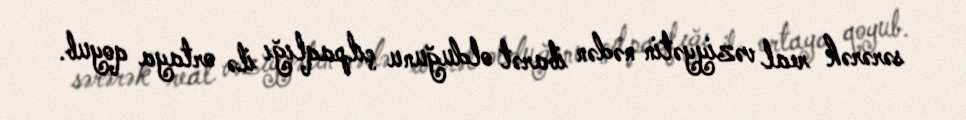
sərərək real vəziyyətin nədən ibarət olduğunu çılpaqlığı ilə ortaya qoyub.